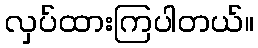
လှပ်ထားကြပါတယ်။